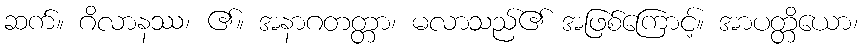
ဆက်။ ဂိလာနဿ၊ ၏။ အနာဂတတ္တာ၊ မလာသည်၏ အဖြစ်ကြောင့်။ အာပတ္တိယော၊